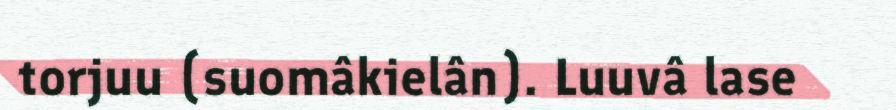
torjuu (suomâkielân). Luuvâ lase